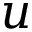
u